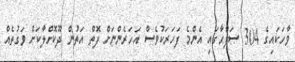
ވާހަކައިގެ 304 ޞަފްޙާގައި އެންމެ ފަހަރަކުވެސް އަހަރެންނަށް ފޮތް އަތުން ދޫކޮށްލާކަށް ވަގުތެއް